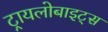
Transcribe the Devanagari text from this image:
ट्रायलोबाइट्स